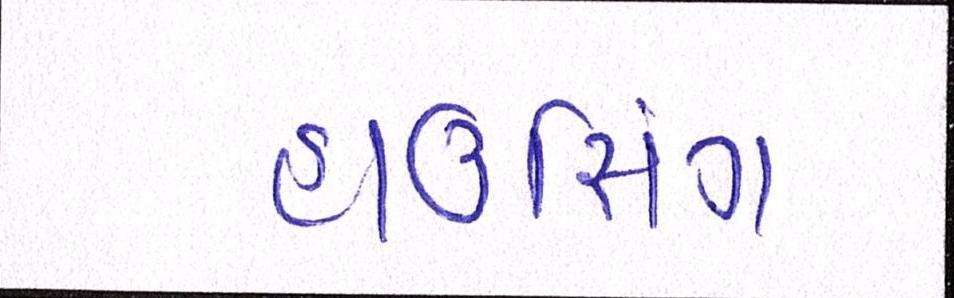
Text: હાઉસિંગ